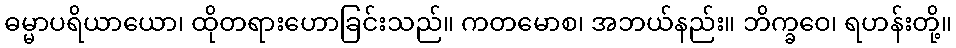
ဓမ္မာပရိယာယော၊ ထိုတရားဟောခြင်းသည်။ ကတမောစ၊ အဘယ်နည်း။ ဘိက္ခဝေ၊ ရဟန်းတို့။